Vaccination report Assam 1896-1927 - 1896-1927
Year: 1896
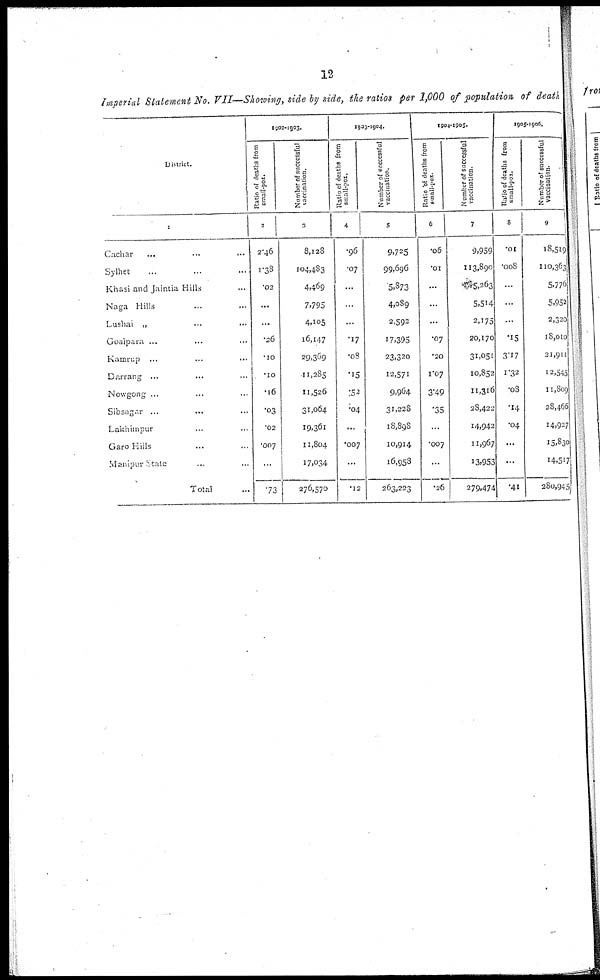
12
Imperial Statement No. VII—Showing, side by side, the ratios per 1,000 of population of death
District.
1
Cachar
...
...
...
Sylhet ... ... ...
Khasi and Jaintia Hills ...
Naga Hills ... ...
Lushai „ ... ...
Goaipara ... ... ...
Kamrup ...
...
...
Darrang ... ... ...
Nowgong ... ... ...
Sibsagar ...
... ...
Lakhmpur ... ... ...
Garo Hills ... ... ...
Manipur State ... ...
Total ...
1902-1903.
Ratio of deaths from
small-pox.
2
2.46
1.38
.02
...
...
.26
.10
.10
.16
.03
.02
.007
...
.73
Number of successful
vaccination.
3
8,128
104,483
4,469
7,795
4,105
16,147
29,369
11,285
11,526
31,064
19,361
11,804
17,034
276,570
1903-1904.
Ratio of deaths from
small-pox.
4
.96
.07
...
...
...
.17
.08
.15
.52
.04
...
.007
...
.12
Number of successful
vaccination.
5
9,725
99,696
5,873
4,089
2,592
17,395
23,320
12,571
9,964
31,228
18,898
10,914
16,958
263,223
1904-1095.
Ratio of deaths from
small-pox.
6
.06
.01
...
...
...
.07
.20
1.07
3.49
.35
...
.007
...
.26
Number of successful
vaccination.
7
9,959
113,890
5,263
5,514
2,175
20,170
31,051
10,852
11,316
28,422
14,942
11,967
13,953
279,474
1905-1906.
Ratio of deaths from
small-pox.
8
.01
.008
...
...
...
.15
3.17
1.32
.08
.14
.04
...
...
.41
Number of successful
vaccination.
9
18,519
110,363
5,776
5,952
2,320
18,010
21,911
12,545
11,809
28,466
14,927
15,830
14,517
280,945